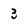
Character: 3